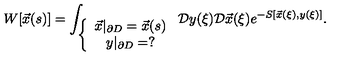
W [ \vec { x } ( s ) ] = \int _ { \left\{ \begin{array} { c } { \vec { x } | _ { \partial D } = \vec { x } ( s ) } \\ { y | _ { \partial D } = ? } \\ \end{array} \right. } \mathcal { D } y ( \xi ) \mathcal { D } \vec { x } ( \xi ) e ^ { - S [ \vec { x } ( \xi ) , y ( \xi ) ] } .